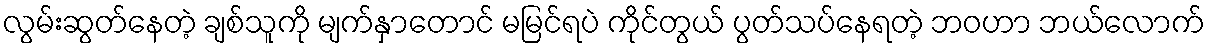
လွမ်းဆွတ်နေတဲ့ ချစ်သူကို မျက်နှာတောင် မမြင်ရပဲ ကိုင်တွယ် ပွတ်သပ်နေရတဲ့ ဘဝဟာ ဘယ်လောက်